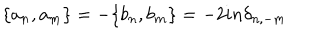
\{ a _ { n } , a _ { m } \} = - \{ b _ { n } , b _ { m } \} = - 2 i n { \delta } _ { n , - m }